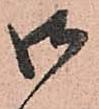
御